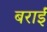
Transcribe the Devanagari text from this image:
बराईं